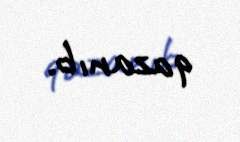
qazanıb.